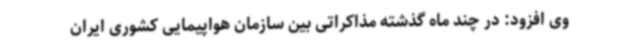
وی افزود: در چند ماه گذشته مذاکراتی بین سازمان هواپیمایی کشوری ایران